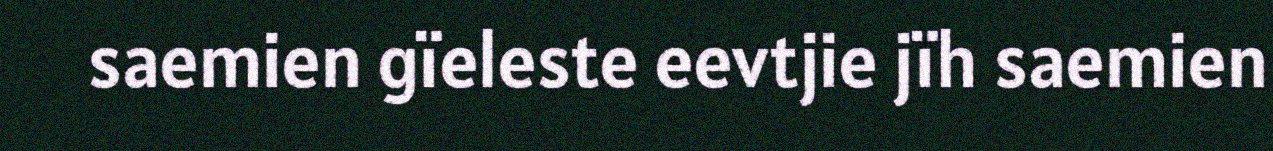
saemien gïeleste eevtjie jïh saemien